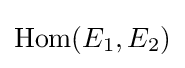
\mathrm {Hom} (E_{1},E_{2})